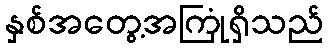
နှစ်အတွေ့အကြုံရှိသည်